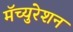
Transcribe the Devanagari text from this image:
मॅच्युरेशन